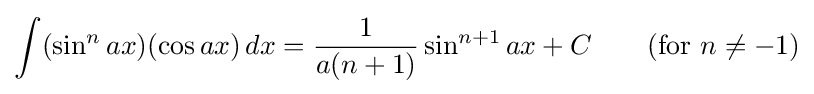
\int (\sin ^{n}ax)(\cos ax)\,dx={\frac {1}{a(n+1)}}\sin ^{n+1}ax+C\qquad {\mbox{(for }}n\neq -1{\mbox{)}}